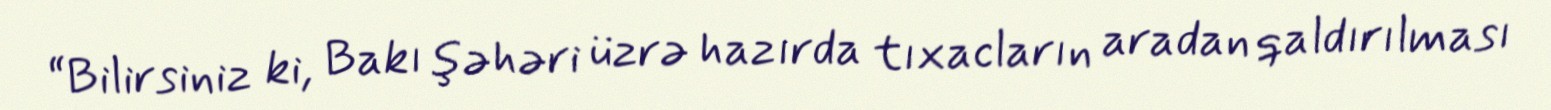
“Bilirsiniz ki, Bakı şəhəri üzrə hazırda tıxacların aradan qaldırılması